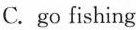
C. go fishing